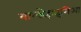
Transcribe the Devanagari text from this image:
वाल्डेहाइमिआ